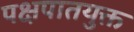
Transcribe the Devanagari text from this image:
पक्षपातयुक्त